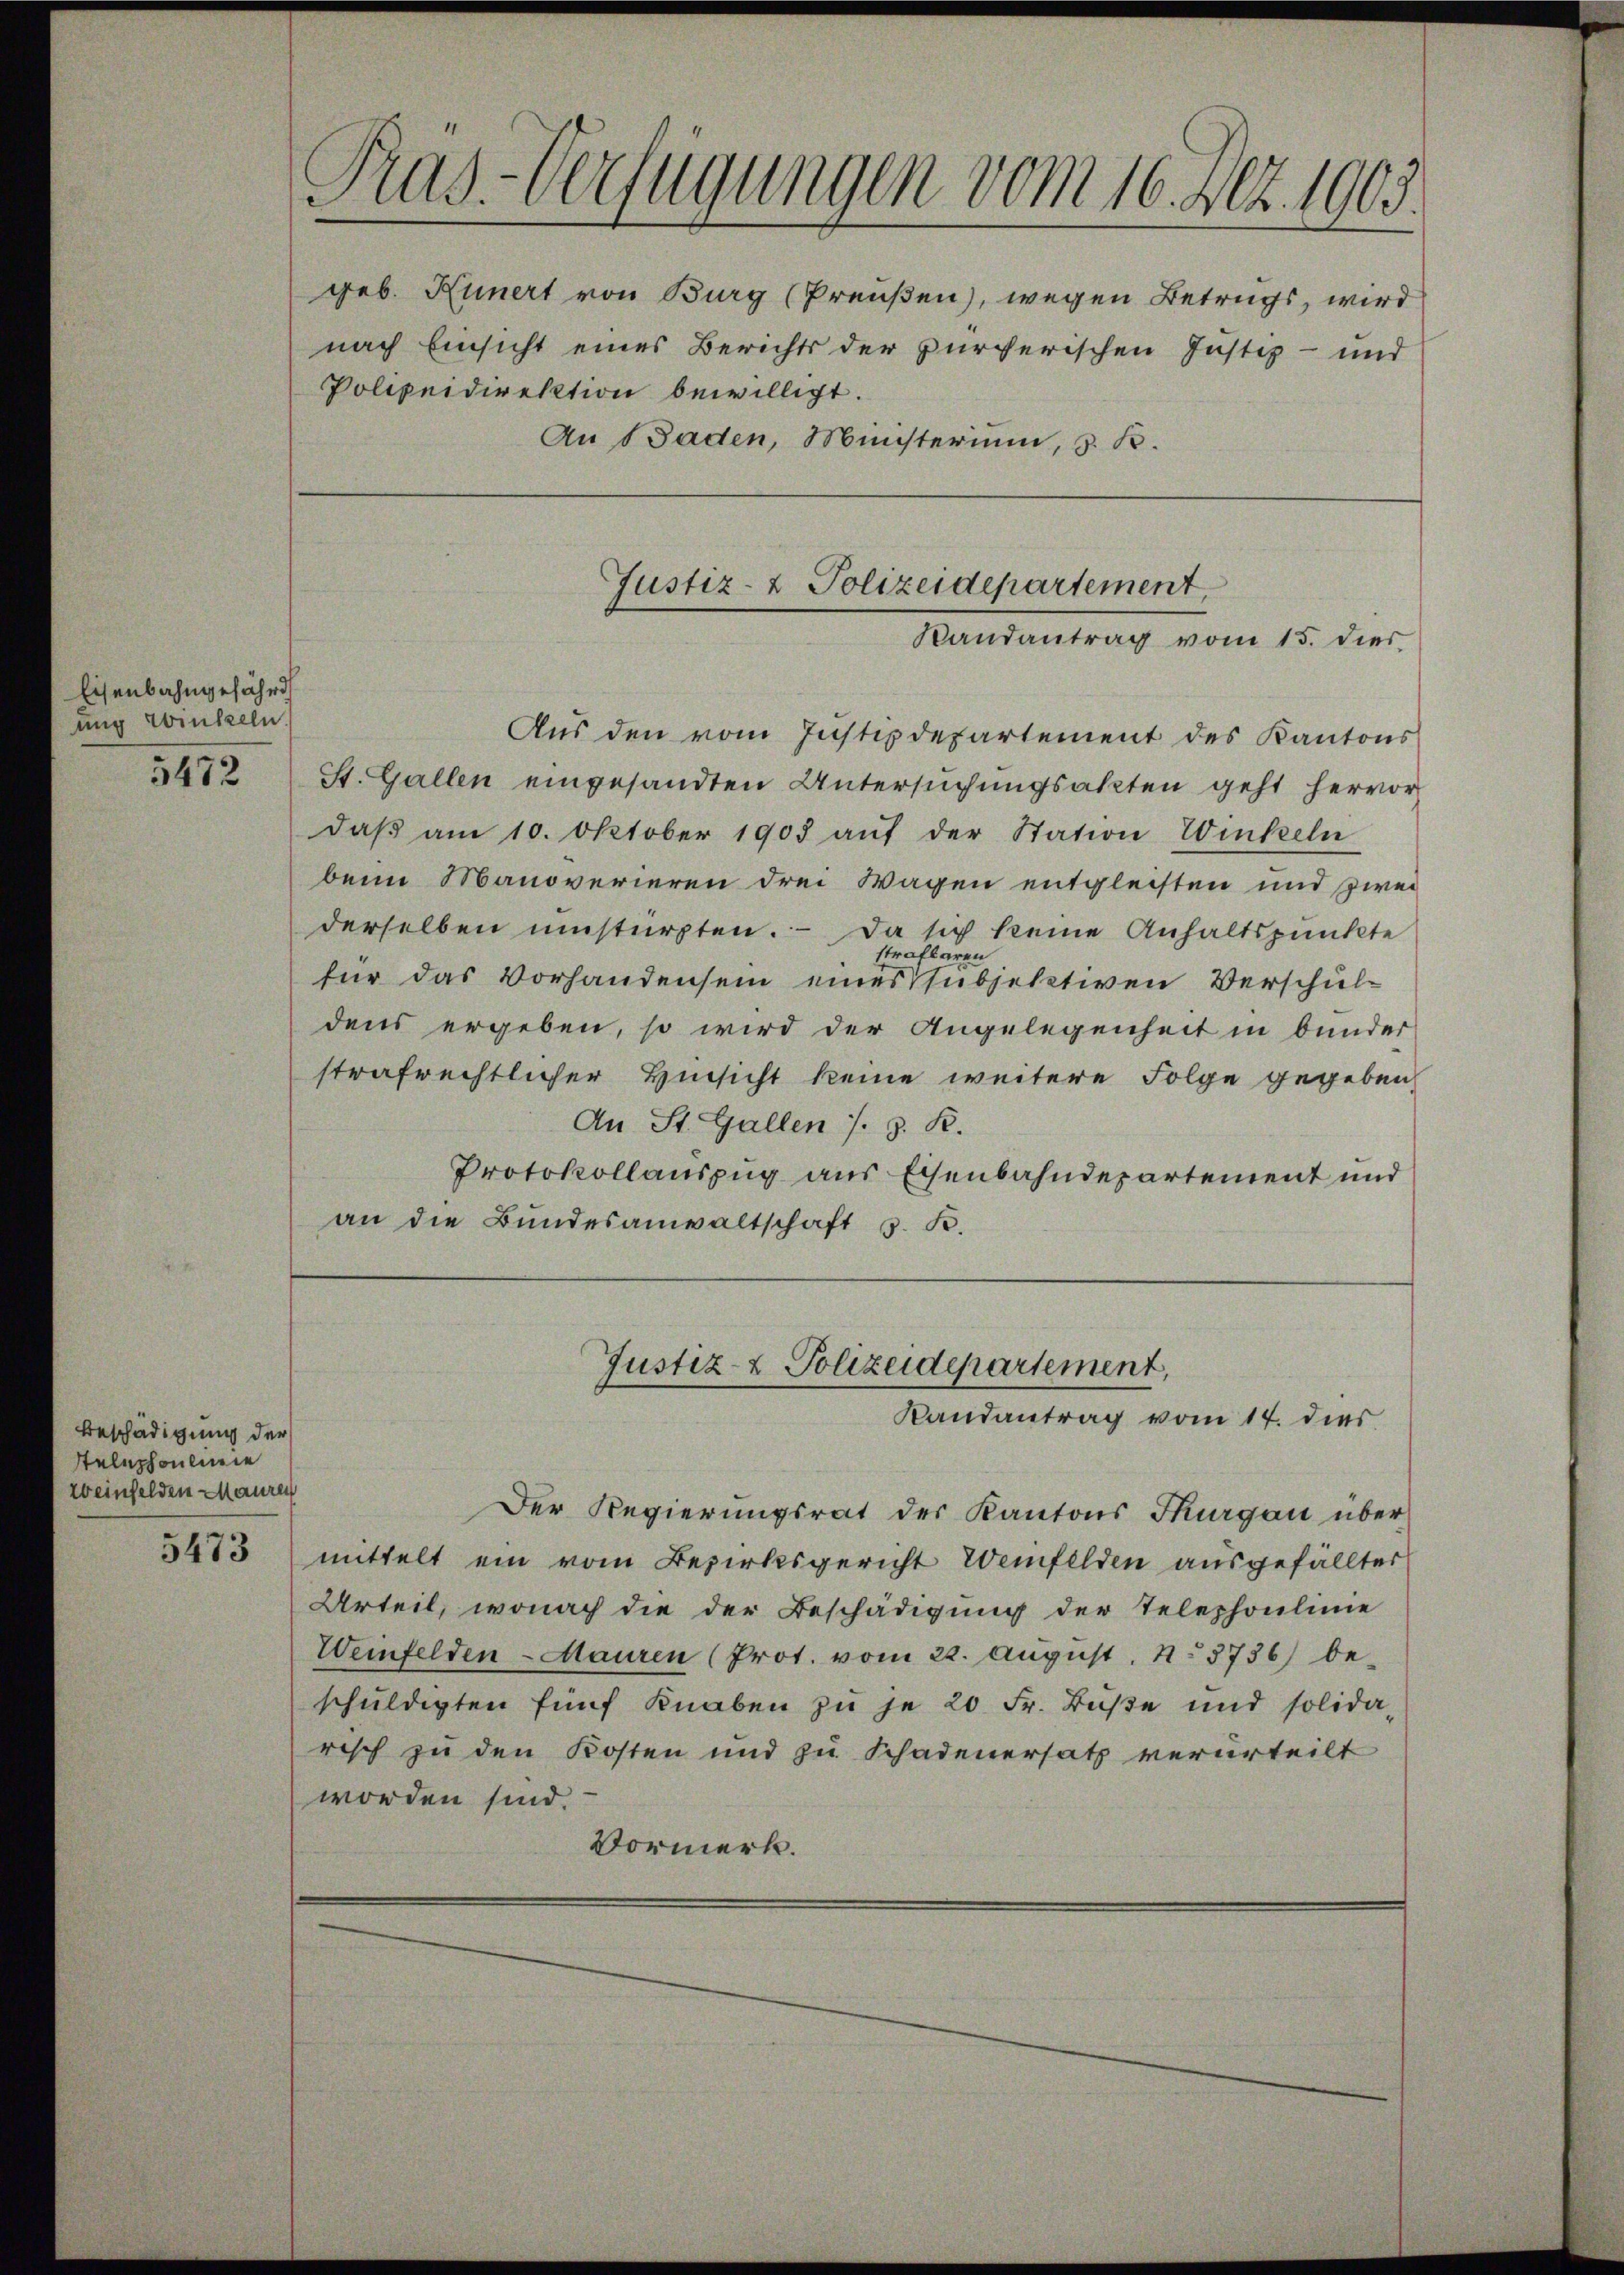
Eisenbahngefährd
ung Winkeln.
5472

Beschädigung der
stelephonlinie
Weinfelden Mauren

C
Pas-Verfügungen vom 16. Act. 1903.
geb. Kunert von Burg (Preußen), wegen Betrugs, wird
nach Einsicht eines Berichts der zürcherischen Justiz- und
Polizeidirektion bewilligt.
An Baden, Ministerium, z. B.

Aus den vom Justizdepartement des Kantons
St. Gallen eingesandten Untersuchungsakten geht hervor
daβ am 10. Oktober 1903 aŭf der Station Winkeln
beim Manoverieren drei Wagen entgleisten und zwei
derselben umstürzten. Da sich keine Anhaltspunkte
strafbaren
für das Vorhandensein eines subjektiven Verschuldens ergeben, so wird der Angelegenheit in bunder
strafrechtlicher Hinsicht keine weitere Folge gegeben,
An St. Gallen s. z. R.
Protokollauszug aus Eisenbahndepartement und
an die Bundesanwaltschaft z. B.

Justiz- & Polizeidepartement.
Randantrag vom 15. dies

Justiz- & Polizeidepartement,
Randantrag vom 14. dies

Der Regierungsrat der Kantons Thurgau über
3413 mittelt ein vom Bezirksgericht Weinfelden ausgefällter
Urteil, wonach die der Beschädigung der Telephoulinie
Weinfelden - Mauren (Prot. vom 22. August, No 3736) beschuldigten fünf Knaben zu je 20 Fr. Buße und solida-
risch zu den Kosten und zu Schadenersatz verurteilt
worden sind.
Vormerk.